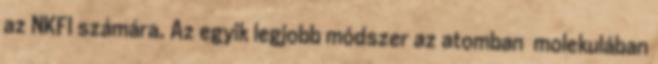
az NKFI számára. Az egyik legjobb módszer az atomban molekulában